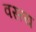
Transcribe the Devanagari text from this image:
वस्त्य